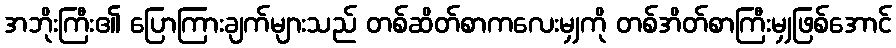
အဘိုးကြီး၏ ပြောကြားချက်များသည် တစ်ဆိတ်စာကလေးမျှကို တစ်အိတ်စာကြီးမျှဖြစ်အောင်